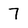
Character: 7